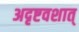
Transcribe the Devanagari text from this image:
अदृष्टवशात्‌